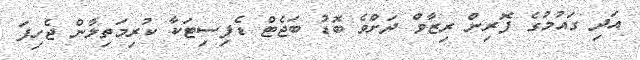
އަދި ގައުމުގެ ފޮރިން ރިޒާވް ދަށްވެ ބޮޑު ބަޖެޓް ޑެފިސިޓަކާ ކުރިމަތިލާން ޖެހިފަ